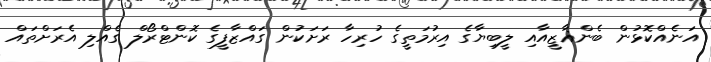
އަނެއްކޮޅުން ބެންޣާޒީއާއި ލީބިޔާގެ އިރުމަތީގެ ހުރިހާ ރަށަކުން ގައްޒާފީގެ ކޮންޓްރޯލް ގެއްލި އެރަށްތައް